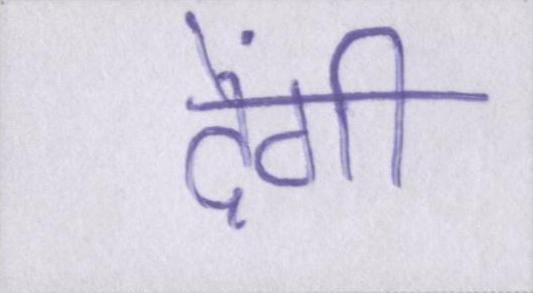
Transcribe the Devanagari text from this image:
देंगीं